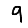
Digit: 9